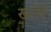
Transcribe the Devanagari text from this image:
खतेरे